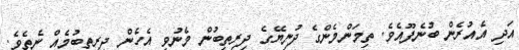
އަދި އެއުރެން ބުނެފޫއެވެ. ތިމަންމެންގެ ދުނިޔޭގެ ދިރިތިބުން މެނުވީ އެހެން ދިރިތިބުމެއް ނެތެވެ.